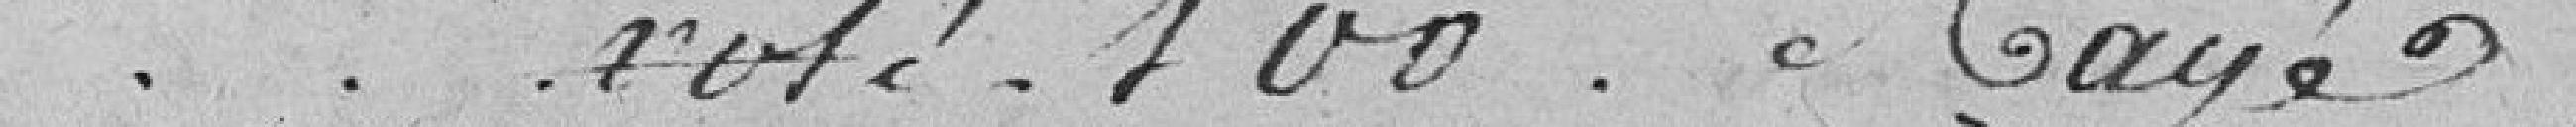
voté 100 frs Rayé